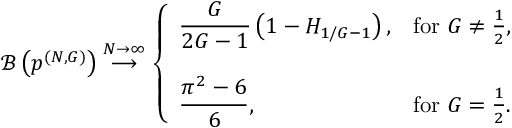
\mathcal { B } \left( \boldsymbol { p } ^ { ( N , G ) } \right) \stackrel { N \to \infty } { \longrightarrow } \left\{ \begin{array} { l l } { \displaystyle \frac { G } { 2 G - 1 } \left( 1 - H _ { 1 / G - 1 } \right) , } & { \mathrm { f o r \; } G \neq \frac { 1 } { 2 } , } \\ { \quad } \\ { \displaystyle \frac { \pi ^ { 2 } - 6 } { 6 } , } & { \mathrm { f o r \; } G = \frac { 1 } { 2 } . } \end{array} \right.